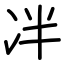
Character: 冸